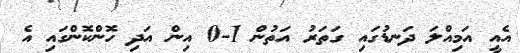
އެއީ އަމިއްލަ ދަނޑުގައި ގަތަރު އަތުން 1-0 އިން އަދި ހޮންކޮންގައި އެ